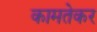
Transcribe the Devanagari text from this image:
कामतेकर